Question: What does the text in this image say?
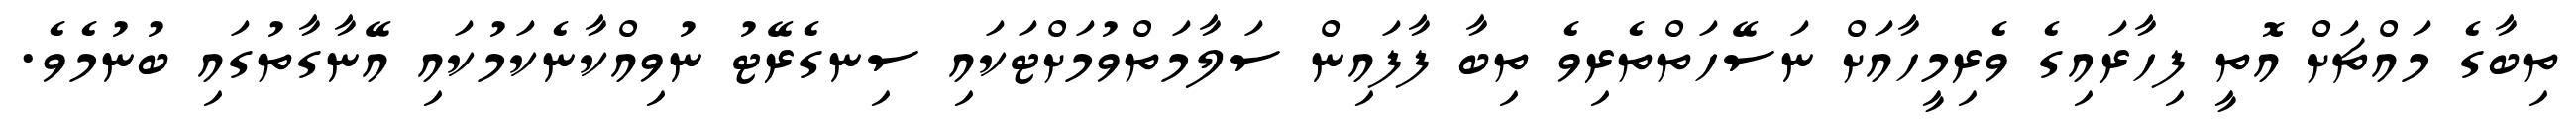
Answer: ތިބާގެ މައްޗަށް އޮތީ ފިހާރައިގެ ވެރިމީހާއަށް ނަސޭހަތްތެރިވެ ތިބާ ފާފައިން ސަލާމަތްވުމަށްޓަކައި ސިނގެރޭޓު ނުވިއްކާނެކަމުކައި އޭނާގާތުގައި ބުނުމެވެ.